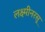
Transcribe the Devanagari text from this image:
लक्ष्मीनरसू